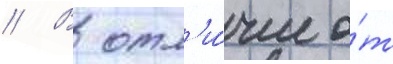
// В отл'и́чие о́т